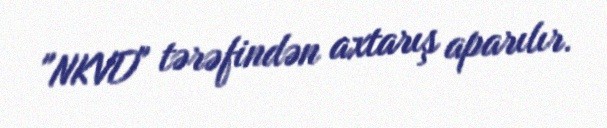
"NKVD" tərəfindən axtarış aparılır.